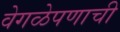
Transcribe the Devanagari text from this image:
वेगळेपणाची